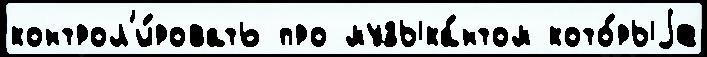
контрол'и́ровать про музыка́нтом кото́рыjе